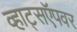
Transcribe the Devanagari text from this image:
व्हाट्सऍपवर